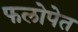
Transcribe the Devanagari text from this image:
फलोपेत